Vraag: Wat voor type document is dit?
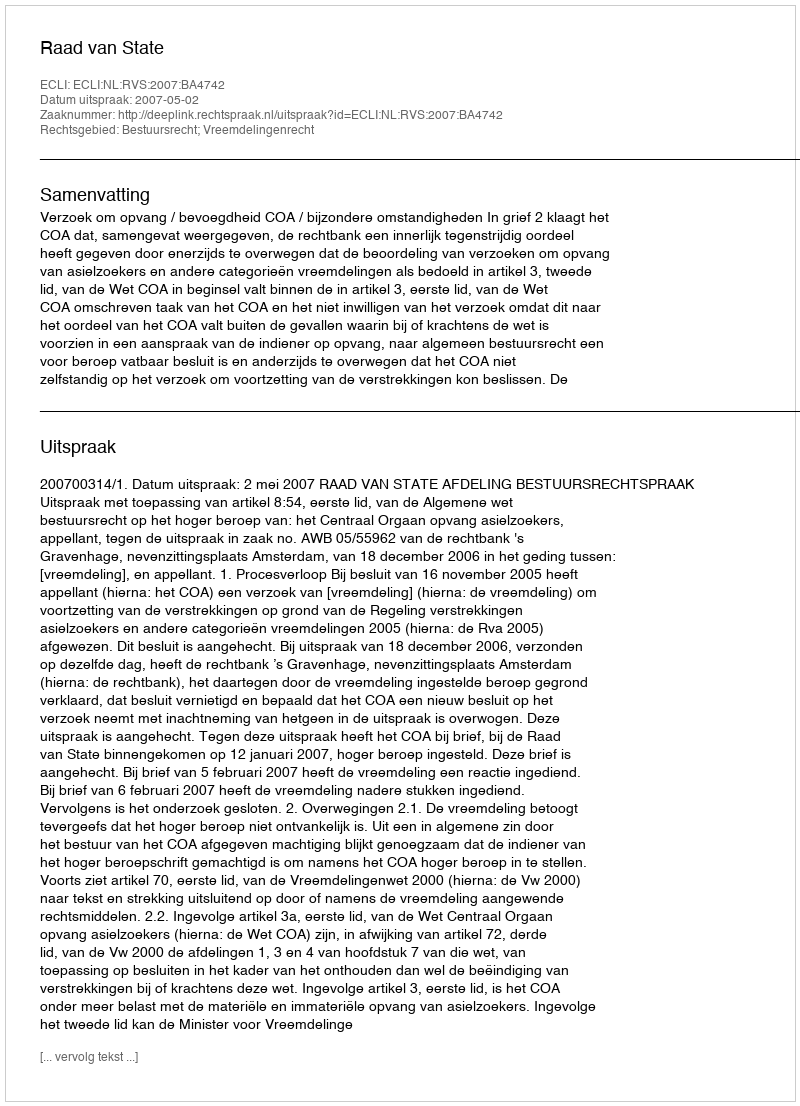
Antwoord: Uitspraak